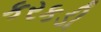
કરકડી